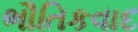
ભૌતિકવાદ